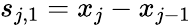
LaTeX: s_{j,1}=x_{j}-x_{j-1}